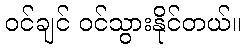
ဝင်ချင် ဝင်သွားနိုင်တယ်။